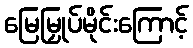
မြေမြှုပ်မိုင်းကြောင့်